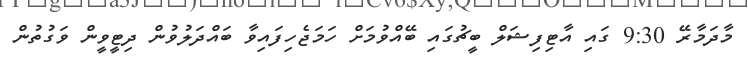
މާދަމާރޭ 9:30 ގައި އާޓިފިޝަލް ބީޗުގައި ބޭއްވުމަށް ހަމަޖެހިފައިވާ ބައްދަލުވުން ދިޓީވީން ވަގުތުން